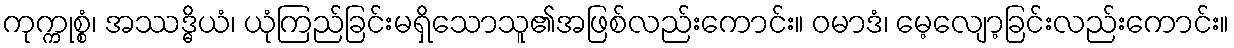
ကုက္ကုစ္စံ၊ အဿဒ္ဓိယံ၊ ယုံကြည်ခြင်းမရှိသောသူ၏အဖြစ်လည်းကောင်း။ ဝမာဒံ၊ မေ့လျော့ခြင်းလည်းကောင်း။